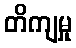
တိကျမှု